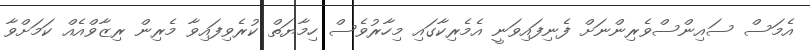
އެމަސް ސައިންސްވެރިންނަށް ފެނިފައިވަނީ އެމެރިކާގައި މިހާރުވެސް ހިމާޔަތް ކުރެވިފައިވާ މެރިން ރިޒާވްއެއް ކަމަށްވާ